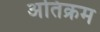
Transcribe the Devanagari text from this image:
अतिक्रम